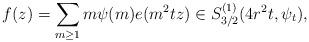
LaTeX: \begin{align*}f(z)=\sum_{m\geq 1} m\psi(m)e(m^2tz)\in S_{3/2}^{(1)}(4r^2t,\psi_t),\end{align*}